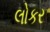
લોકર